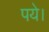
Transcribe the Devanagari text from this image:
पये।